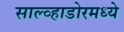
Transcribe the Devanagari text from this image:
साल्व्हाडोरमध्ये